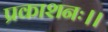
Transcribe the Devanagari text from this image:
प्रकाशनः।।